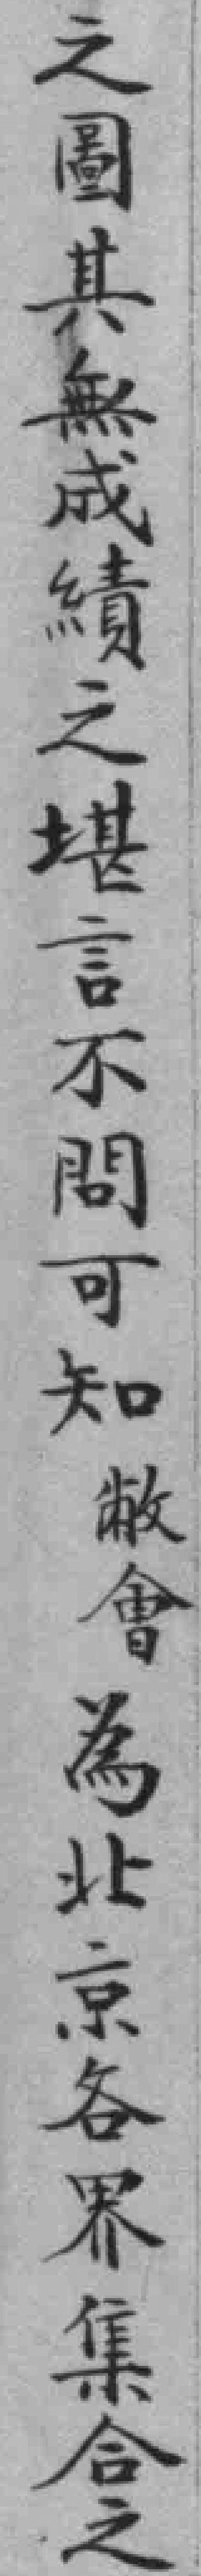
之圖其無成績之堪言不問可知敝會為北京各界集合之